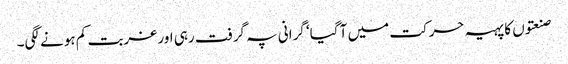
صنعتوں کا پہیہ حرکت میں آ گیا‘ گرانی پہ گرفت رہی اور غربت کم ہونے لگی۔